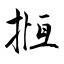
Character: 揯